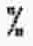
%